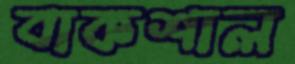
বাকশাল